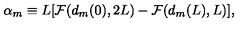
{ \alpha } _ { m } \equiv L [ { \cal F } ( d _ { m } ( 0 ) , 2 L ) - { \cal F } ( d _ { m } ( L ) , L ) ] ,